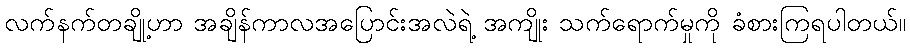
လက်နက်တချို့ဟာ အချိန်ကာလအပြောင်းအလဲရဲ့ အကျိုး သက်ရောက်မှုကို ခံစားကြရပါတယ်။